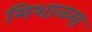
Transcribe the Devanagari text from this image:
मिशाळया